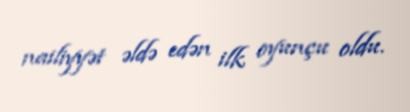
nailiyyət əldə edən ilk oyunçu oldu.